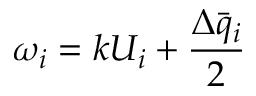
\omega _ { i } = k U _ { i } + \frac { \Delta \bar { q } _ { i } } { 2 }